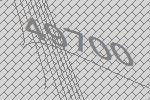
49700